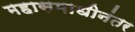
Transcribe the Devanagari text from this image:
महासमाधीनंतर